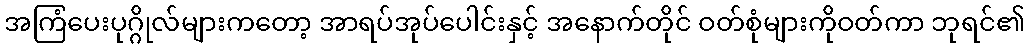
အကြံပေးပုဂ္ဂိုလ်များကတော့ အာရပ်အုပ်ပေါင်းနှင့် အနောက်တိုင် ဝတ်စုံများကိုဝတ်ကာ ဘုရင်၏